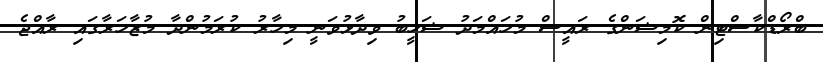
ބްރޯޑްކާސްޓިން ކޮމިޝަންގެ ރައީސް މުހައްމަދު ޝަހީބު ވިދާޅުވަނީ މިހާރު ކުރަމުންދާ މުޒާހަރާގައި ރާއްޖެ